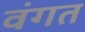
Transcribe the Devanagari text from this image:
वंगत